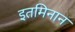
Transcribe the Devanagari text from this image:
इतमिनान